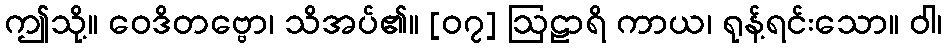
ဤသို့။ ဝေဒိတဗ္ဗော၊ သိအပ်၏။ [၀၇] ဩဠာရိ ကာယ၊ ရုန့်ရင်းသော။ ဝါ၊